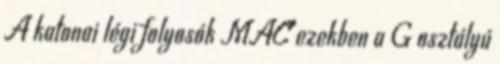
A katonai légi folyosók MAC ezekben a G osztályú